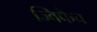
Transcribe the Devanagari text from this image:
ज्विफैच